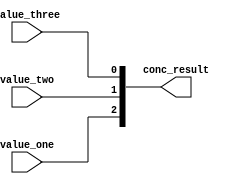
module Concatenate_si(
    output reg [2:0] conc_result,
    input wire value_one,
    input wire value_two,
    input wire value_three
);
    always @(*) begin
        conc_result = {value_one, value_two, value_three};
    end
endmodule